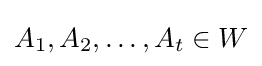
A_{1},A_{2},\ldots ,A_{t}\in W